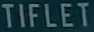
TIFLET